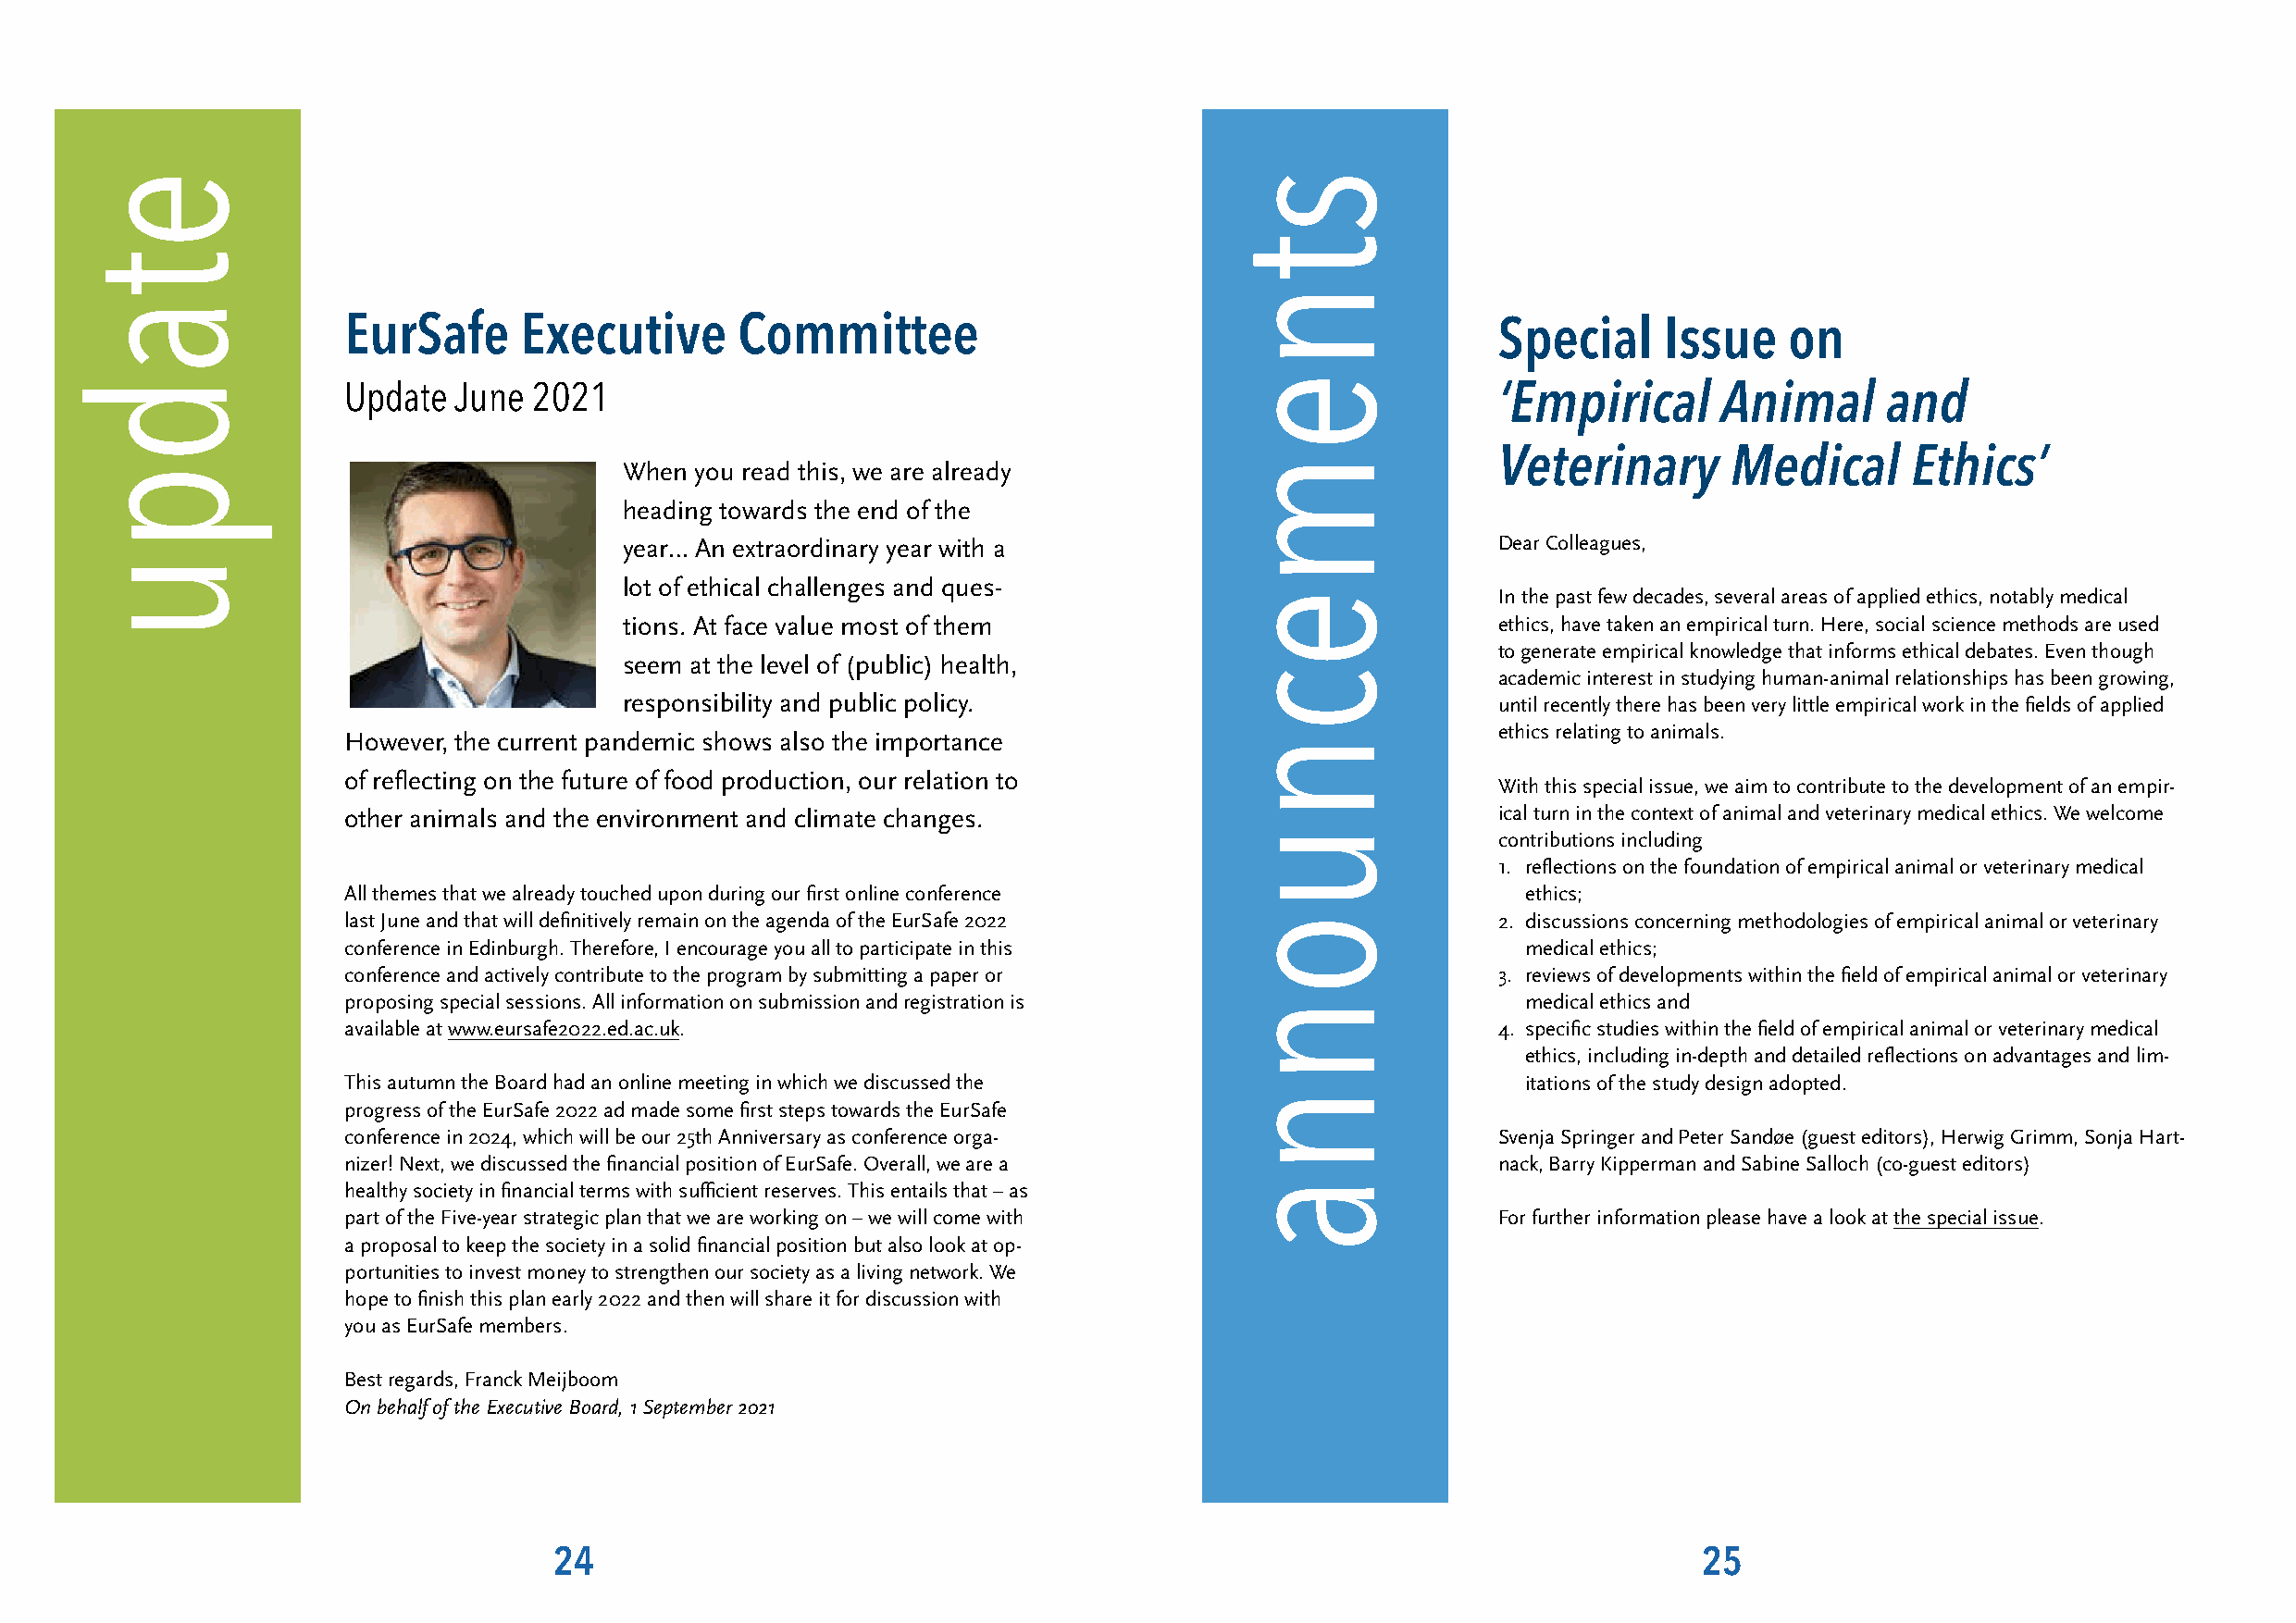
EurSafe     Executive       Committee                                             Special     Issue    on
 ‘Empirical      Animal      and
 Update  June 2021
 Veterinary       Medical      Ethics’
 When you read this, we are already
 heading towards the end of the
 year… An extraordinary year with a                            Dear Colleagues,
 lot of ethical challenges and ques-
 In the past few decades, several areas of applied ethics, notably medical
 tions. At face value most of them                             ethics, have taken an empirical turn. Here, social science methods are used
 to generate empirical knowledge that informs ethical debates. Even though
 seem at the level of (public) health,
 academic interest in studying human-animal relationships has been growing,
 responsibility and public policy.                             until recently there has been very little empirical work in the fields of applied
 ethics relating to animals.
 However, the current pandemic shows also the importance
 of reflecting on the future of food production, our relation to
 With this special issue, we aim to contribute to the development of an empir-
 other animals and the environment and climate changes.                            ical turn in the context of animal and veterinary medical ethics. We welcome
 contributions including
 1. reflections on the foundation of empirical animal or veterinary medical
 All themes that we already touched upon during our first online conference          ethics;
 last June and that will definitively remain on the agenda of the EurSafe 2022     2. discussions concerning methodologies of empirical animal or veterinary
 conference in Edinburgh. Therefore, I encourage you all to participate in this      medical ethics;
 conference and actively contribute to the program by submitting a paper or        3. reviews of developments within the field of empirical animal or veterinary
 proposing special sessions. All information on submission and registration is       medical ethics and
 available at www.eursafe2022.ed.ac.uk.                                            4. specific studies within the field of empirical animal or veterinary medical
 ethics, including in-depth and detailed reflections on advantages and lim-
 This autumn the Board had an online meeting in which we discussed the               itations of the study design adopted.
 progress of the EurSafe 2022 ad made some first steps towards the EurSafe
 conference in 2024, which will be our 25th Anniversary as conference orga-        Svenja Springer and Peter Sandøe (guest editors), Herwig Grimm, Sonja Hart-
 nizer! Next, we discussed the financial position of EurSafe. Overall, we are a    nack, Barry Kipperman and Sabine Salloch (co-guest editors)
 healthy society in financial terms with sufficient reserves. This entails that – as
 part of the Five-year strategic plan that we are working on – we will come with   For further information please have a look at the special issue.
 a proposal to keep the society in a solid financial position but also look at op-
 portunities to invest money to strengthen our society as a living network. We
 hope to finish this plan early 2022 and then will share it for discussion with
 you as EurSafe members.
 Best regards, Franck Meijboom
 On behalf of the Executive Board, 1 September 2021
 24                                                                                25
 etadpu                                                                            stnemecnuonna